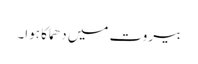
بیروت میں دھماکا ہوا۔